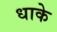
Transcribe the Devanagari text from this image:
धाके